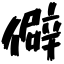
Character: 僻